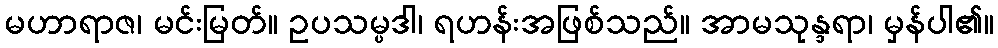
မဟာရာဇ၊ မင်းမြတ်။ ဥပသမ္ပဒါ၊ ရဟန်းအဖြစ်သည်။ အာမသုန္ဒရာ၊ မှန်ပါ၏။